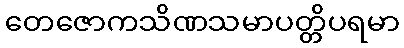
တေဇောကသိဏသမာပတ္တိပရမာ